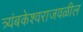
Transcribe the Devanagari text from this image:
त्र्यंबकेश्वराजवळील